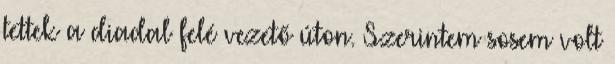
tettek a diadal felé vezető úton. Szerintem sosem volt